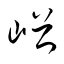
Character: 峪